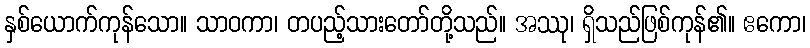
နှစ်ယောက်ကုန်သော။ သာဝကာ၊ တပည့်သားတော်တို့သည်။ အဿု၊ ရှိသည်ဖြစ်ကုန်၏။ ဧကော၊